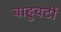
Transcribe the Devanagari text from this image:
बाहुवटीं